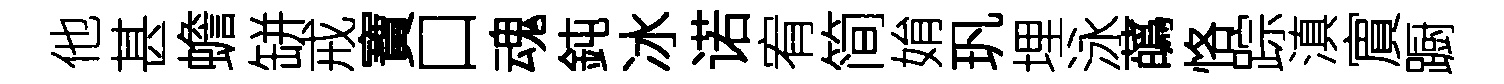
他甚蟾缾戒寶口魂鈍冰诺宥简姢㺬埋泳蘤恪踪滇賔蹰